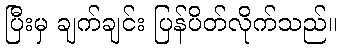
ပြီးမှ ချက်ချင်း ပြန်ပိတ်လိုက်သည်။